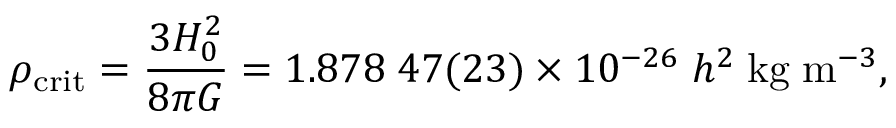
\rho _ { \mathrm { c r i t } } = { \frac { 3 H _ { 0 } ^ { 2 } } { 8 \pi G } } = 1 . 8 7 8 \; 4 7 ( 2 3 ) \times 1 0 ^ { - 2 6 } \; h ^ { 2 } \; { \mathrm { k g } } \; { \mathrm { m } } ^ { - 3 } ,